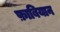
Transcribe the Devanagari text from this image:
फ़ाबियान